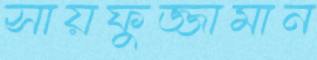
সায়ফুজ্জামান